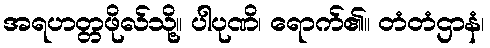
အရဟတ္တဖိုလ်သို့။ ပါပုဏိ၊ ရောက်၏။ တံတံဌာနံ၊